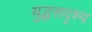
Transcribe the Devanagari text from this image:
युद्धसदृश्य